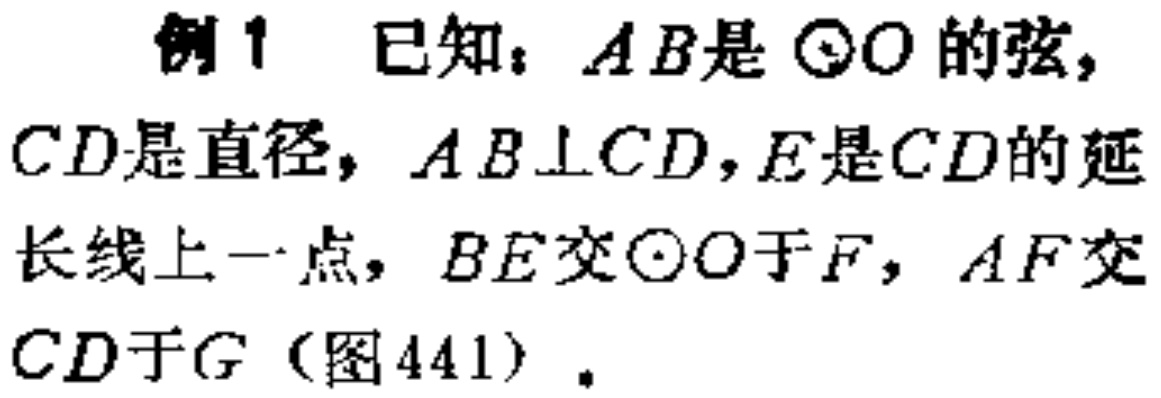
例1 已知：$AB$是$\odot O$的弦，$CD$是直径，$AB\perp CD$，$E$是$CD$的延长线上一点，$BE$交$\odot O$于$F$，$AF$交$CD$于$G$（图441）.